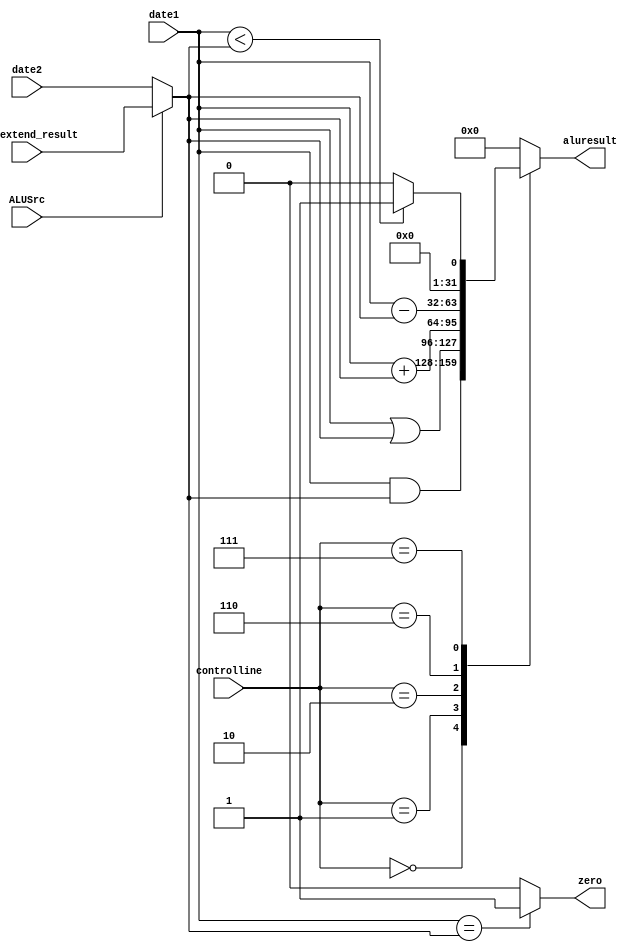
`timescale 1ps/1ps
module alu(input [31:0] date1, date2, signextend_result,
           input [2:0]       controlline,
           input ALUSrc,
           output             zero,
           output reg [31:0] aluresult
           );
    reg  [31:0]               alusource1, alusource2;
    always @ (*)
      begin
          alusource1 = date1;
          alusource2 = (ALUSrc)? signextend_result : date2;
      end
    
               
    always @ (*)
      begin
          #150
          
          case (controlline)
            3'b000:    aluresult = alusource1 & alusource2;
            3'b001:  aluresult = alusource1 | alusource2;
            3'b010:   aluresult = alusource1 + alusource2;
            3'b110:  aluresult = alusource1 - alusource2;
            3'b111:  aluresult = (alusource1 < alusource2)? 1:0;
            default:  aluresult = 'd0;
               
          endcase // case (controlline)
            //  #100 zero = (alusource2 == alusource1)? 1:0;
              
             
      end // always @ (*)
    assign #100 zero = (alusource1 == alusource2)? 1:0;
endmodule // alu